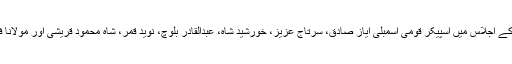
فاٹا ریفارمز عملدرآمد کمیٹی کے اجلاس میں اسپیکر قومی اسمبلی ایاز صادق، سرتاج عزیز، خورشید شاہ، عبدالقادر بلوچ، نوید قمر، شاہ محمود قریشی اور مولانا فضل الرحمان شریک ہوں گے۔